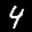
Label: 4